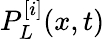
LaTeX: P_{L}^{[i]}(x,t)